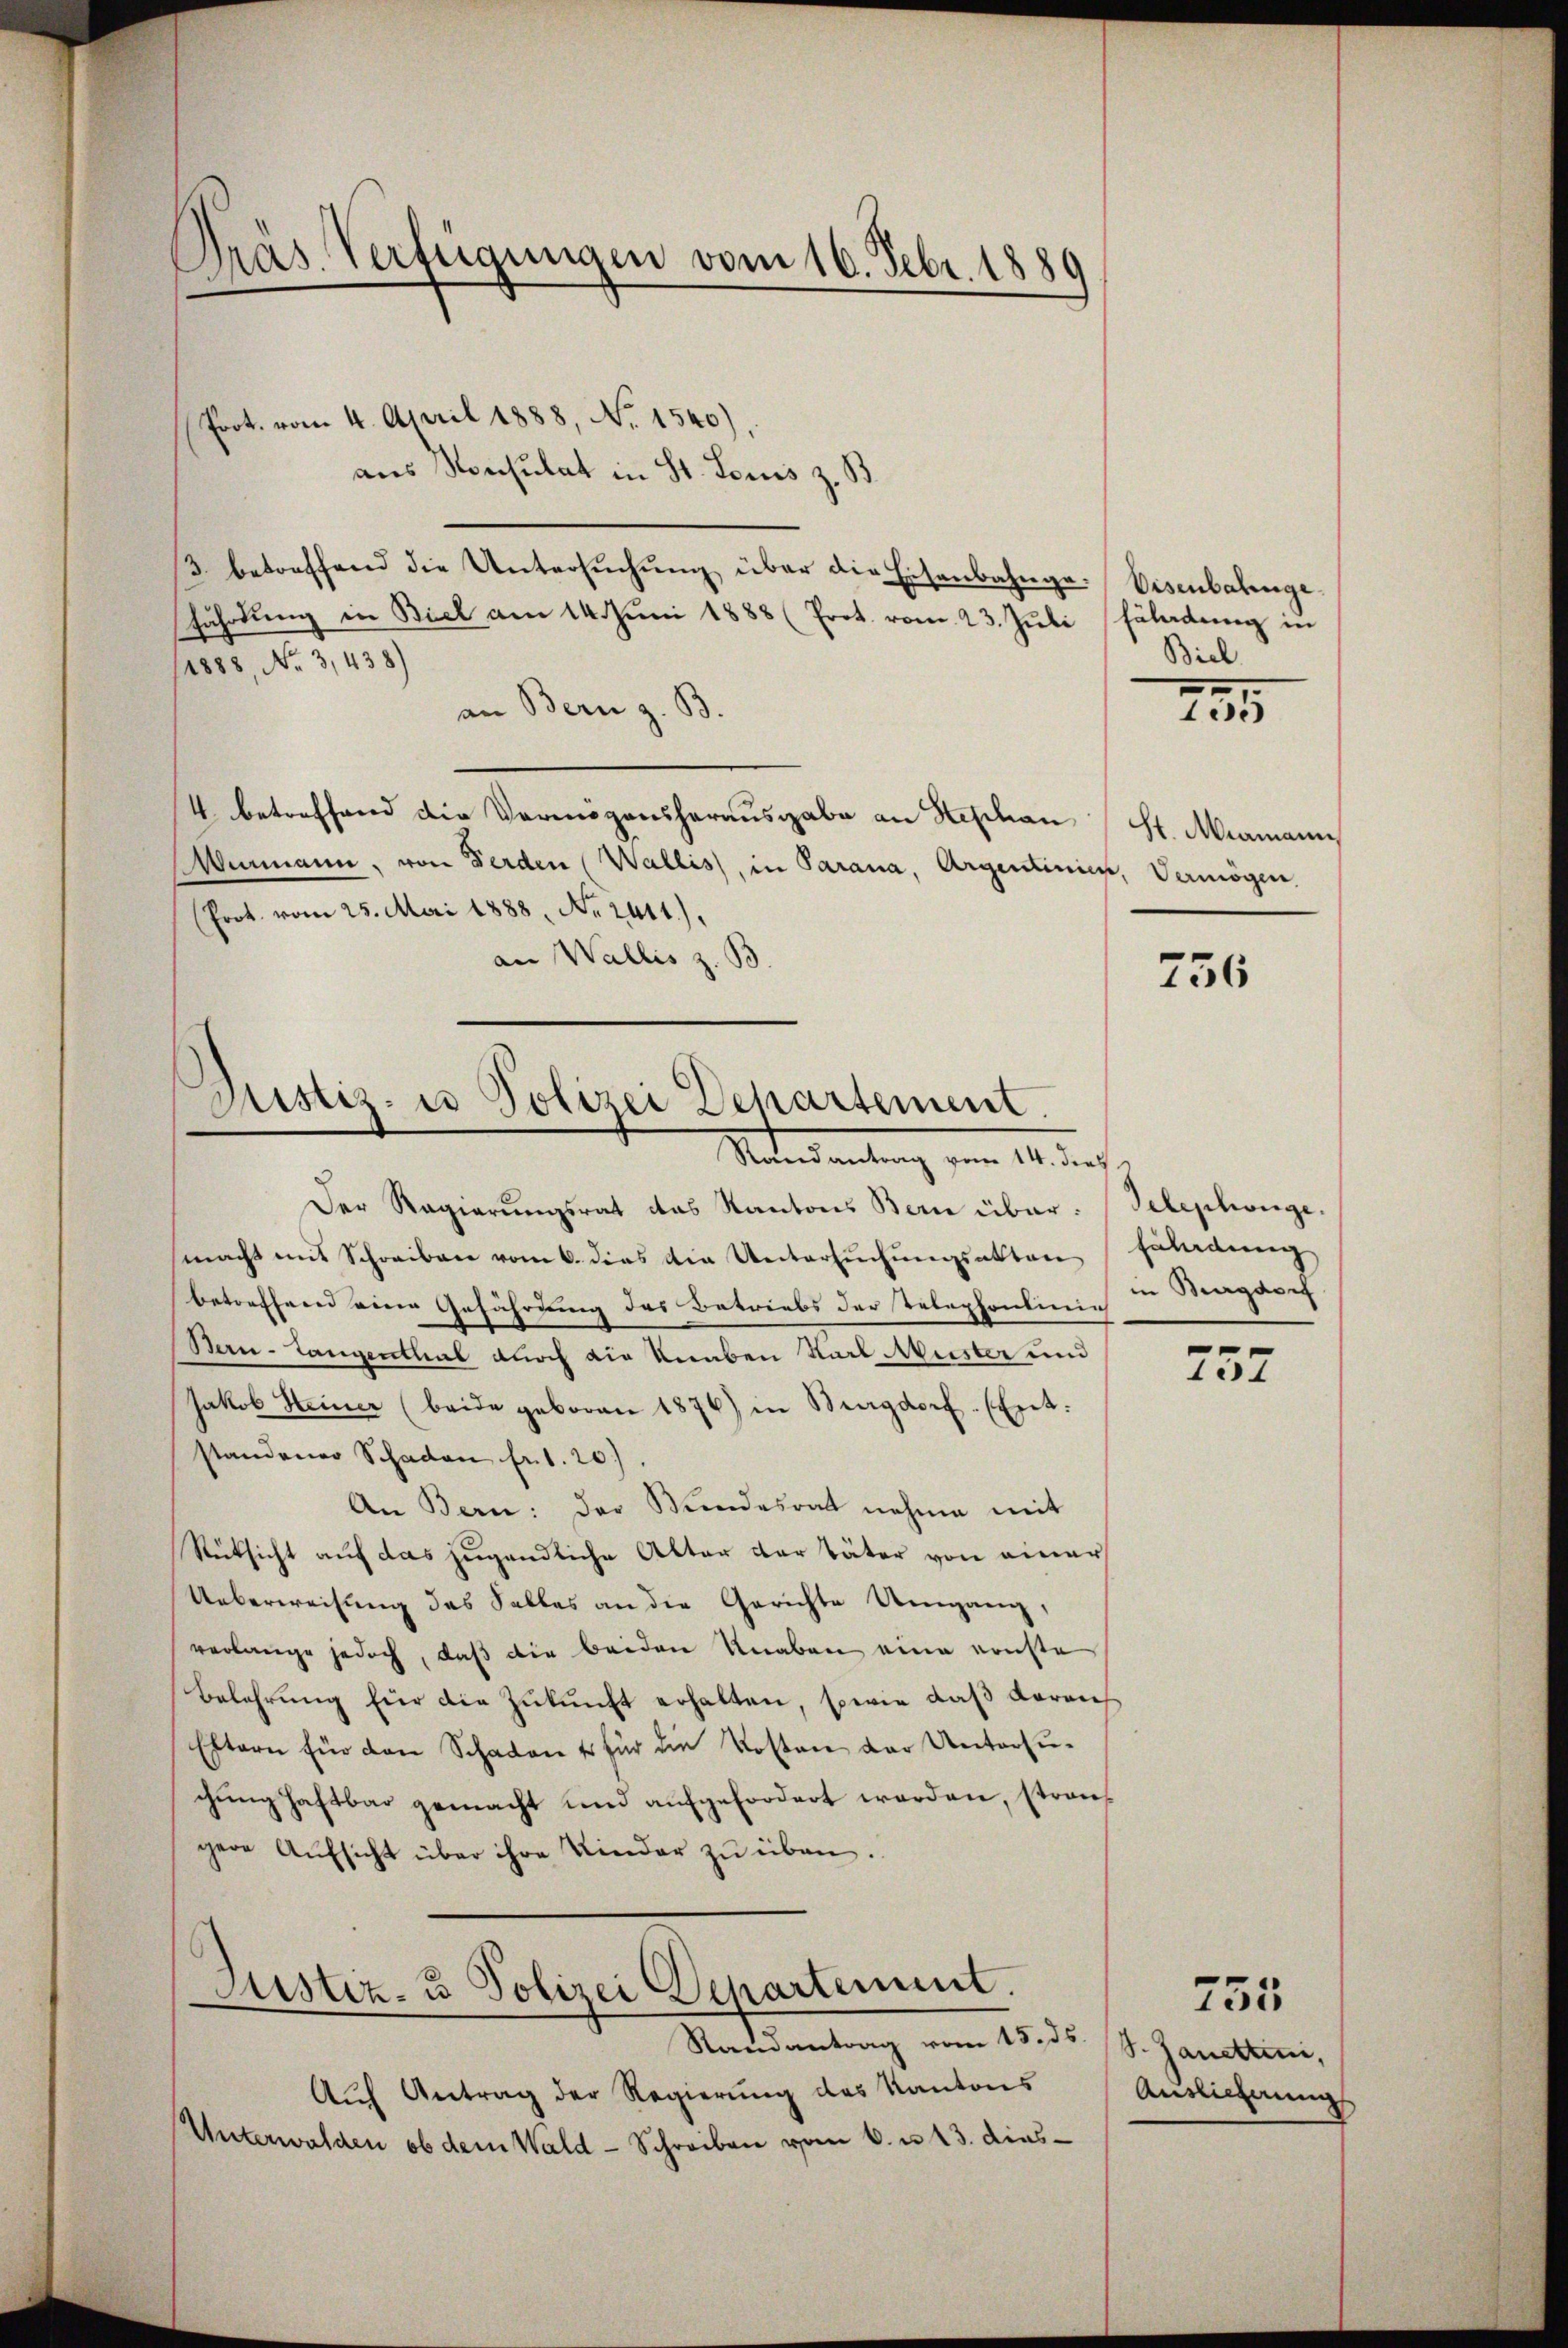
Dras Verfügungen vom 16. Febr. 1889

Prot. vom 4. April 1888, No 1540),
aus Konsulat in St. Louis z. B.
3 betreffend die Untersŭchŭng über die Eisenbahnge-Visenbahnge
fährdung in Biel am 14. Juni 1888 (Prot. vom 23. Juli Fladung in
14888, No 3,438)
an Bern z. B.
4 betreffend die Vermögensherausgabe an Hephan St. Miamann
Wurmann, von Ferden (Wallis, in Parana, Argenlinien, Vermögen
Prot. vom 25. Mai 1888. No. 2411).
an Wallis z. B.
756

Justiz- u Polizei Departement.
Seters antung vom 14. der

Der Regierungsrat das Kantons Bern über. Telephonge.
macht mit Schreiben vom 6. dies die Untersuchungsakten Erladung
betreffend eine Gefährung des Betriebs der Telephonlinig
Bern-Langenthal durch die Knaben Karl Muster und
Jakob Heiner (beide geboren 1876) in Burgdorf (Ent:
standener Schaden fr. 1. 20).
An Bern: der Wundesrat nahme mit
Rücksicht auf das jugendliche Alter der Väter von einer
Ueberweisung des Salles an die Gerichte Umgang,
verlange jedoch, daß die beiden Knaben eine ernste
Belehrŭng für die Zŭkŭnft erhalten, sowie daß darauf
Eltern für den Schaden Er für die Kosten der Untersuchŭng haftbar gemacht und aŭfgefordert werden, strans
gere Aŭfsicht über ihre Kinder zŭ üben.
Justiz- u Polizei Departement.
Randantrag vom 15. ds. S. Janettini,
Auf Antrag der Regierung des Kantons
Unterwalden ob dem Wald - Schreiben vom 6. u. 13. dies¬

Biel

235

in Magazi

757

Auslieferung

755